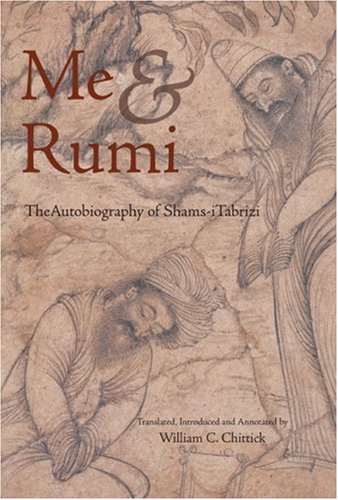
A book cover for Me and Rumi: The Autobiography of Shams-I Tabrizi; Shams-i Tabrizi; Religion & Spirituality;